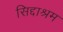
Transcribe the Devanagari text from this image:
सिद्दाश्रम